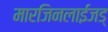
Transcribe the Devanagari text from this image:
मारजिनलाईजड्